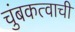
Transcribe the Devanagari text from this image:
चुंबकत्वाची